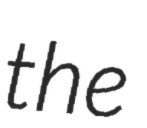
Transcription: the